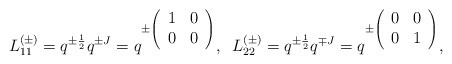
\begin{align*}L_{11}^{(\pm)}=q^{\pm \frac{1}{2}}q^{\pm J}=q^{\pm \left(\begin{array}{cc}1&0\\0&0\end{array}\right)},\;\;L_{22}^{(\pm)}=q^{\pm \frac{1}{2}}q^{\mp J}=q^{\pm \left(\begin{array}{cc}0&0\\0&1\end{array}\right)},\;\;\end{align*}